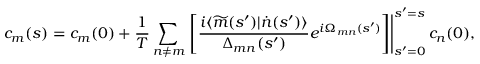
c _ { m } ( s ) = c _ { m } ( 0 ) + \frac { 1 } { T } \sum _ { n \neq m } \left. \left[ \frac { i \langle \widetilde { m } ( s ^ { \prime } ) | \dot { n } ( s ^ { \prime } ) \rangle } { \Delta _ { m n } ( s ^ { \prime } ) } e ^ { i \Omega _ { m n } ( s ^ { \prime } ) } \right] \right| _ { s ^ { \prime } = 0 } ^ { s ^ { \prime } = s } c _ { n } ( 0 ) ,